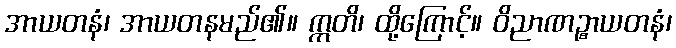
အာယတနံ၊ အာယတနမည်၏။ ဣတိ၊ ထို့ကြောင့်။ ဝိညာဏဉ္စာယတနံ၊